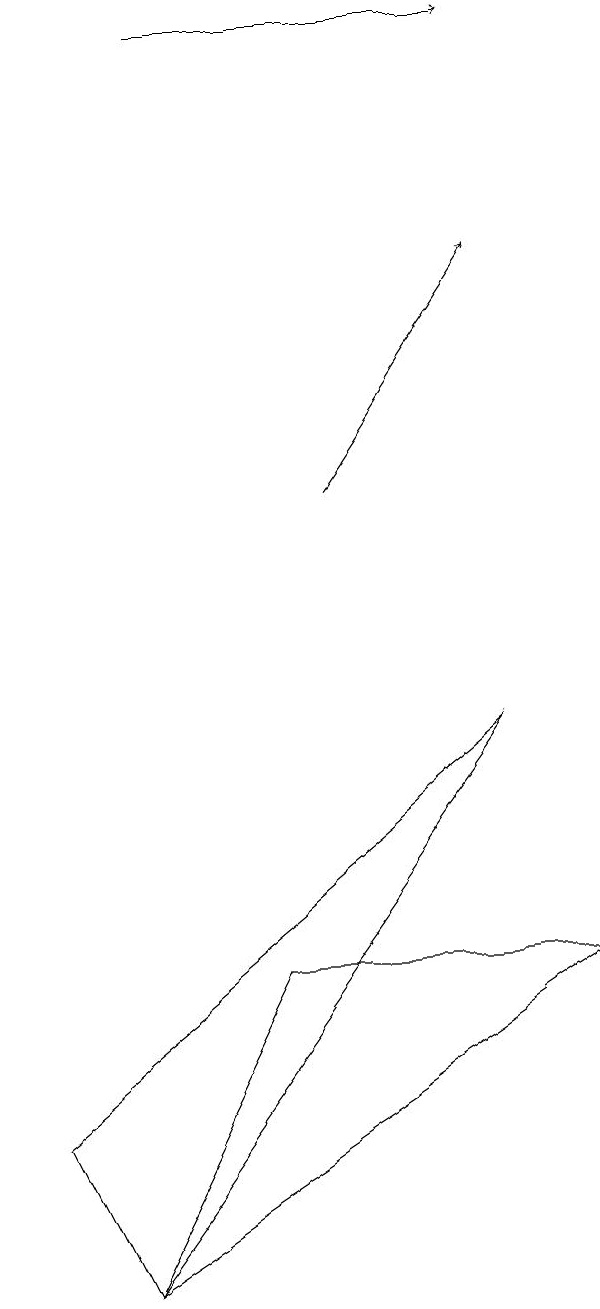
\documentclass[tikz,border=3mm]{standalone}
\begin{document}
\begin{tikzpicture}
\draw[->] (2,17) -- (6,17);
\draw (3,5) -- (7,5) -- (1,1) -- cycle;
\draw[->] (4,11) -- (6,14);
\draw (6,8) -- (0,3) -- (1,1) -- cycle;
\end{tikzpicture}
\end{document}